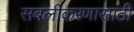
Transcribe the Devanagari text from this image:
सबलीकरणासाठी